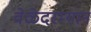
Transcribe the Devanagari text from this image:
वेळेदरम्यान